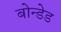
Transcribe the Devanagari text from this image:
बोन्‍डेड